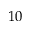
1 0